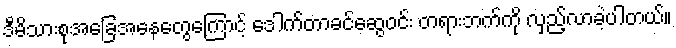
ဒီမိသားစုအခြေအနေတွေကြောင့် ဒေါက်တာခင်ဆွေဝင်း တရားဘက်ကို လှည့်လာခဲ့ပါတယ်။